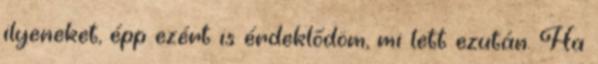
ilyeneket, épp ezért is érdeklődöm, mi lett ezután. Ha